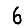
Digit: 6